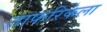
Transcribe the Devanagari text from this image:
ताफरिकेला